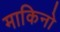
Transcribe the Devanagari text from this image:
माकिनो